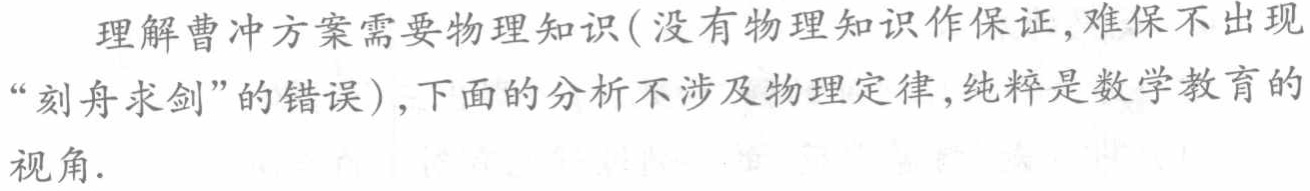
理解曹冲方案需要物理知识(没有物理知识作保证,难保不出现“刻舟求剑”的错误),下面的分析不涉及物理定律,纯粹是数学教育的视角.